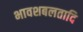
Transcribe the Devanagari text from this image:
भावशबलतादि